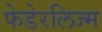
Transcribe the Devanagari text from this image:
फेडेरलिज्म